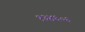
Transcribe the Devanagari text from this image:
१३४६०६